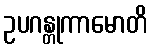
ဥပဂန္တုကာမောတိ